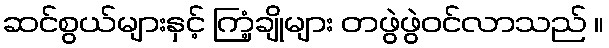
ဆင်စွယ်များနှင့် ကြံ့ချိုများ တဖွဲဖွဲဝင်လာသည် ။